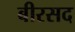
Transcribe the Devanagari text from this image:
बीरसद